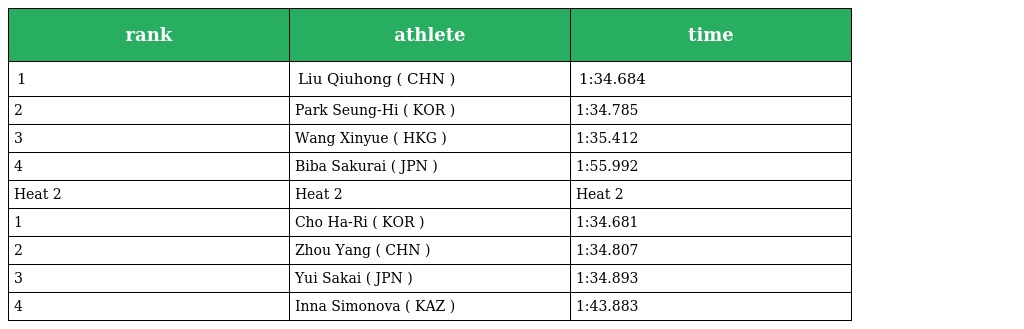
| rank | athlete | time |
 | --- | --- | --- |
 | 1 | Liu Qiuhong ( CHN ) | 1:34.684 |
 | 2 | Park Seung-Hi ( KOR ) | 1:34.785 |
 | 3 | Wang Xinyue ( HKG ) | 1:35.412 |
 | 4 | Biba Sakurai ( JPN ) | 1:55.992 |
 | Heat 2 | Heat 2 | Heat 2 |
 | 1 | Cho Ha-Ri ( KOR ) | 1:34.681 |
 | 2 | Zhou Yang ( CHN ) | 1:34.807 |
 | 3 | Yui Sakai ( JPN ) | 1:34.893 |
 | 4 | Inna Simonova ( KAZ ) | 1:43.883 |